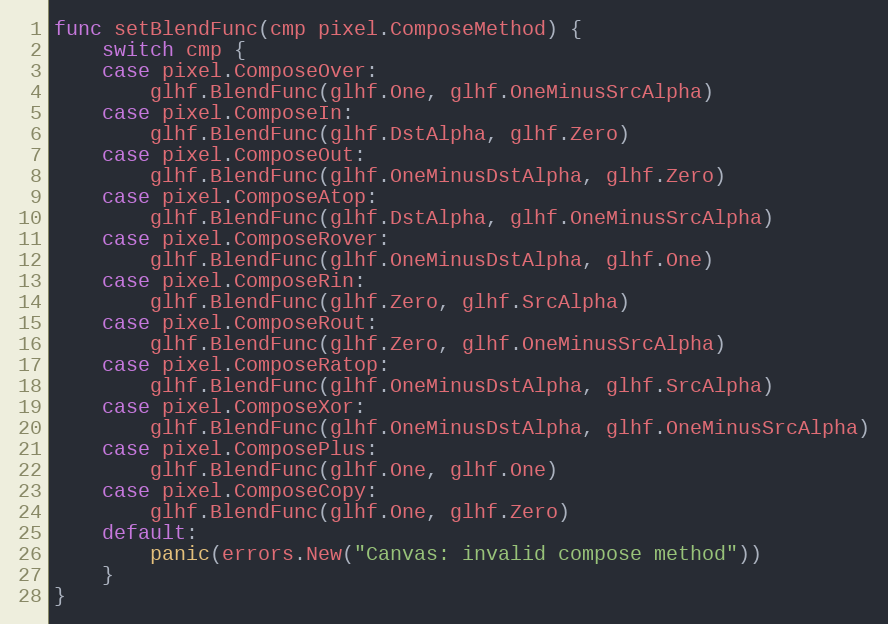
Language: Go
func setBlendFunc(cmp pixel.ComposeMethod) {
	switch cmp {
	case pixel.ComposeOver:
		glhf.BlendFunc(glhf.One, glhf.OneMinusSrcAlpha)
	case pixel.ComposeIn:
		glhf.BlendFunc(glhf.DstAlpha, glhf.Zero)
	case pixel.ComposeOut:
		glhf.BlendFunc(glhf.OneMinusDstAlpha, glhf.Zero)
	case pixel.ComposeAtop:
		glhf.BlendFunc(glhf.DstAlpha, glhf.OneMinusSrcAlpha)
	case pixel.ComposeRover:
		glhf.BlendFunc(glhf.OneMinusDstAlpha, glhf.One)
	case pixel.ComposeRin:
		glhf.BlendFunc(glhf.Zero, glhf.SrcAlpha)
	case pixel.ComposeRout:
		glhf.BlendFunc(glhf.Zero, glhf.OneMinusSrcAlpha)
	case pixel.ComposeRatop:
		glhf.BlendFunc(glhf.OneMinusDstAlpha, glhf.SrcAlpha)
	case pixel.ComposeXor:
		glhf.BlendFunc(glhf.OneMinusDstAlpha, glhf.OneMinusSrcAlpha)
	case pixel.ComposePlus:
		glhf.BlendFunc(glhf.One, glhf.One)
	case pixel.ComposeCopy:
		glhf.BlendFunc(glhf.One, glhf.Zero)
	default:
		panic(errors.New("Canvas: invalid compose method"))
	}
}